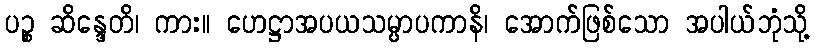
ပဉ္စ ဆိန္ဒေတိ၊ ကား။ ဟေဋ္ဌာအပယသမ္ပာပကာနိ၊ အောက်ဖြစ်သော အပါယ်ဘုံသို့